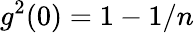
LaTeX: g^{2}(0)=1-1/n